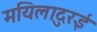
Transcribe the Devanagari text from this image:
मयिलादुरई